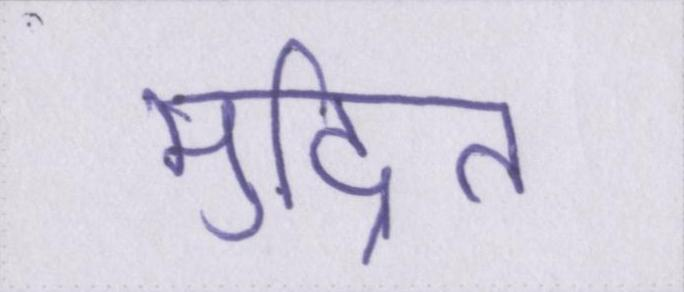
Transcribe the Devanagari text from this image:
मुद्रित